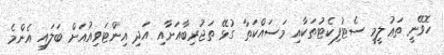
ހޮވޭނީ ތަޢުލީމީ ސެޓުފިކެޓުތަކާއި މަސައްކަތާ ގުޅޭ ތަޖުރިބާއަށާއި އަދި އިންޓަވިއުއަށް ބަލައި އެންމެ